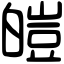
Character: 皚